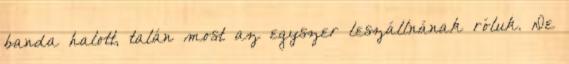
banda halott, talán most az egyszer leszállnának róluk. De